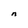
Character: n